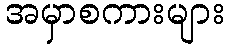
အမှာစကားများ